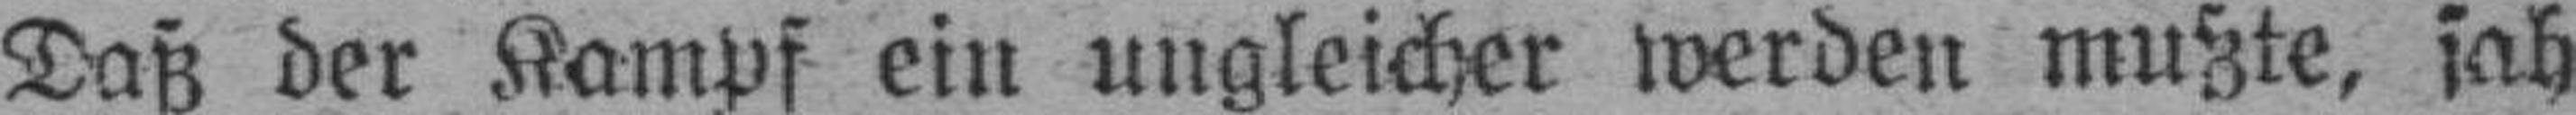
Daß der Kampf ein ungleicher werden mußte, sah